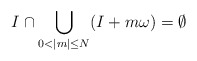
\begin{align*}I \cap \bigcup \limits_{0 < |m| \leq N} (I + m\omega) = \emptyset\end{align*}